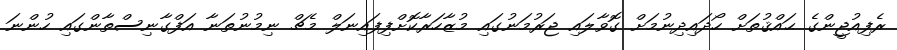
ރެފިއުޖީންގެ ޙައްޤުތަށް ހޯދައިދިނުމަށް ގޮވާލައި ޖަރުމަނުގައި މުޒާހަރާކޮށްފިފައިނަލް މެޗް ނިމުނުތަނާ އަފްގާނިސްތާންގައި ހުންނަ